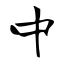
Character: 中